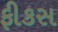
ફીકસ